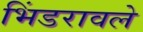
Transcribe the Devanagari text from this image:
भिंडरावले